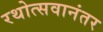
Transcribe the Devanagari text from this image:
रथोत्सवानंतर